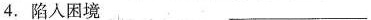
4.陷入困境 ___